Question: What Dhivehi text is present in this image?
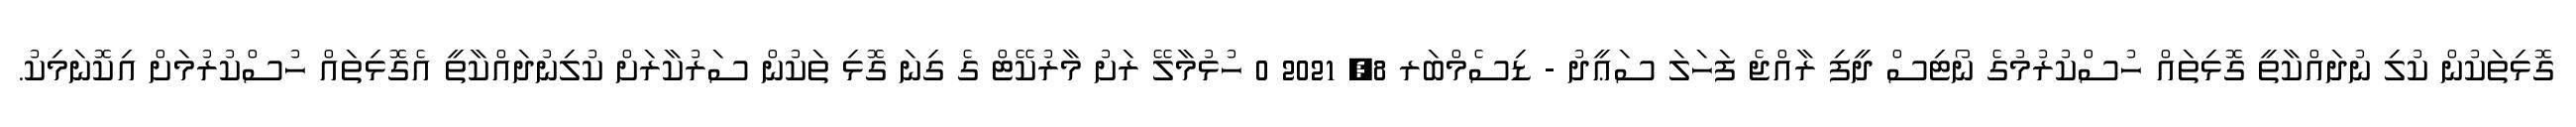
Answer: ގޮޅިތަކުން ކުލި ނުދައްކާތީ ގޮޅިތައް ހުސްކުރުމުގެ ނޯޓިސް ދީފި ރާއްޖެ ފަހަލަ ސަޢީދު - ޑިސެމްބަރ 8, 2021 0 ހުޅުމާލޭ ރަށު މާރުކޭޓް ގެ ގިނަ ގޮޅި ތަކުން ސަރުކާރަށް ކުލިނުދައްކާތީ އެގޮޅިތައް ހުސްކުރުމަށް އިކޮނަމިކު.